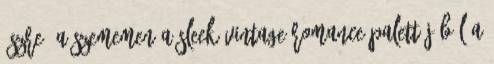
őszre. A szememen a Sleek Vintage Romance palettájából a